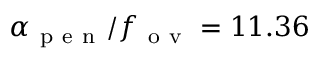
\alpha _ { \mathrm { ~ p ~ e ~ n ~ } } / f _ { \mathrm { ~ o ~ v ~ } } = 1 1 . 3 6